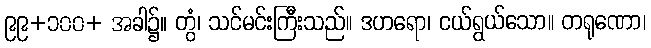
၉၉+၁၀၀+ အခါ၌။ တွံ၊ သင်မင်းကြီးသည်။ ဒဟရော၊ ငယ်ရွယ်သော။ တရုဏော၊